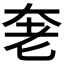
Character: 𰭩